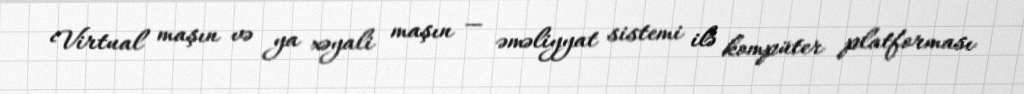
Virtual maşın və ya xəyali maşın — əməliyyat sistemi ilə kompüter platforması